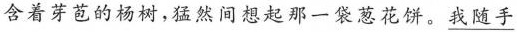
含着芽苞的杨树，猛然间想起那一代花饼。\underline{我随手}